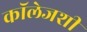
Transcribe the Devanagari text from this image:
कॉलेजशी